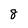
Character: 8